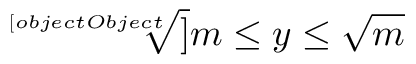
{ \sqrt [ [object Object] ] { m } } \leq y \leq { \sqrt { m } }